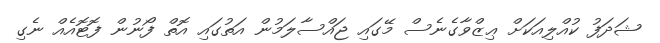
ޝަދަފު ކުއްލިއަކަށް ޢިޒްވާގެނެސް މޭގައި ޖައްސާލަމުން އަތުގައި އޮތް ފޯނުން ފޮޓޮއެއް ނެގި